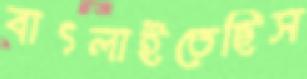
বাৎলাইতেছিস